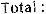
TOTAL :